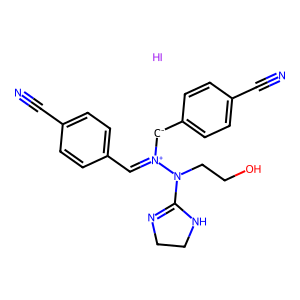
SMILES: I.N#Cc1ccc(C=[N+]([CH-]c2ccc(C#N)cc2)N(CCO)C2=NCCN2)cc1
Inhibits HIV replication: No